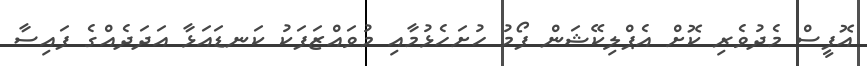
އޮފީސް މެދުވެރި ކޮށް އެޕްލިކޭޝަން ފޯމު ހުށަހެޅުމާއި މުވައްޒަފަކު ކަނޑައަޅާ އަދަދެއްގެ ފައިސާ